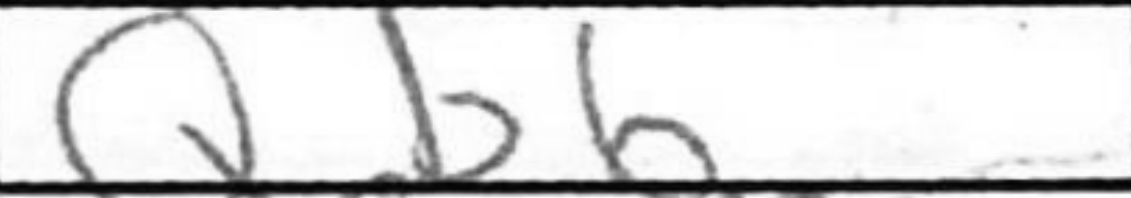
Transcription: Qb6